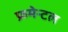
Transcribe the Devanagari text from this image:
फ्रमेन्टल